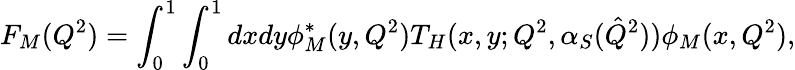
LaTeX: F_{M}(Q^{2})=\int_{0}^{1}\int_{0}^{1}dxdy\phi_{M}^{*}(y,Q^{2})T_{H}(x,y;Q^{2},\alpha_{S}(\hat{Q}^{2}))\phi_{M}(x,Q^{2}),